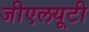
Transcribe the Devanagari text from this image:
जीएलयूटी